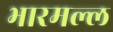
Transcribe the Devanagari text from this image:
भारमल्ल